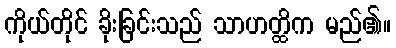
ကိုယ်တိုင် ခိုးခြင်းသည် သာဟတ္ထိက မည်၏။